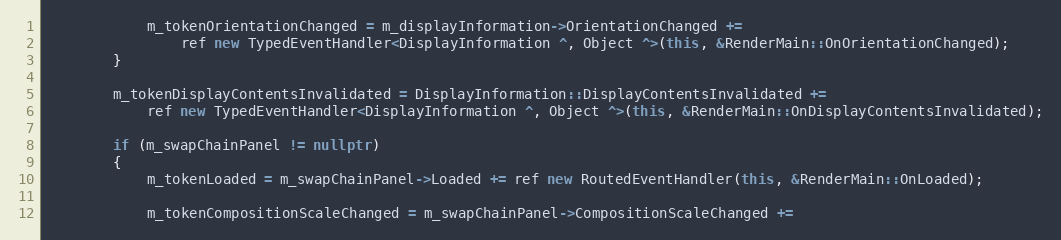
Language: C++
            m_tokenOrientationChanged = m_displayInformation->OrientationChanged +=
                ref new TypedEventHandler<DisplayInformation ^, Object ^>(this, &RenderMain::OnOrientationChanged);
        }

        m_tokenDisplayContentsInvalidated = DisplayInformation::DisplayContentsInvalidated +=
            ref new TypedEventHandler<DisplayInformation ^, Object ^>(this, &RenderMain::OnDisplayContentsInvalidated);

        if (m_swapChainPanel != nullptr)
        {
            m_tokenLoaded = m_swapChainPanel->Loaded += ref new RoutedEventHandler(this, &RenderMain::OnLoaded);

            m_tokenCompositionScaleChanged = m_swapChainPanel->CompositionScaleChanged +=